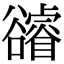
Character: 𧯕